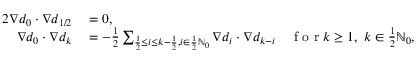
\begin{array} { r l r l } { { 2 } \nabla d _ { 0 } \cdot \nabla d _ { 1 / 2 } } & { { } = 0 , } & { \qquad } & { { } \mathrm { ~ i ~ n ~ } \Gamma ( 3 \delta ) , } \\ { \nabla d _ { 0 } \cdot \nabla d _ { k } } & { { } = - \frac { 1 } { 2 } \sum _ { \frac { 1 } { 2 } \leq i \leq k - \frac { 1 } { 2 } , i \in \frac 1 2 \ensuremath { \mathbb { N } } _ { 0 } } \nabla d _ { i } \cdot \nabla d _ { k - i } \quad \mathrm { ~ f ~ o ~ r ~ } k \geq 1 , \ k \in \frac 1 2 \ensuremath { \mathbb { N } } _ { 0 } , } & { \qquad } & { { } \mathrm { ~ i ~ n ~ } \Gamma ( 3 \delta ) . } \end{array}